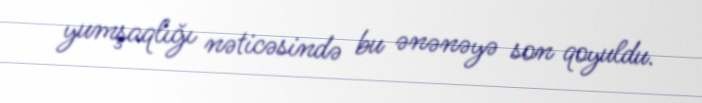
yumşaqlığı nəticəsində bu ənənəyə son qoyuldu.